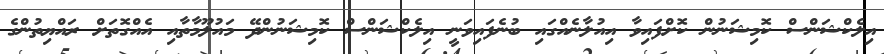
އިލެކްޝަންސް ކޮމިޝަނުން ކޮށްފައިވާ އިއުލާނެއްގައި ބުނެފައިވަނީ އިލެކްޝަންސް ކޮމިޝަނުންދޭ މައުލޫމާތާއި އެއްގޮތަށް ރައްޔިތުންގެ